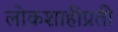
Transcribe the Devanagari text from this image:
लोकशाहीप्रती